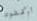
أوقفوه